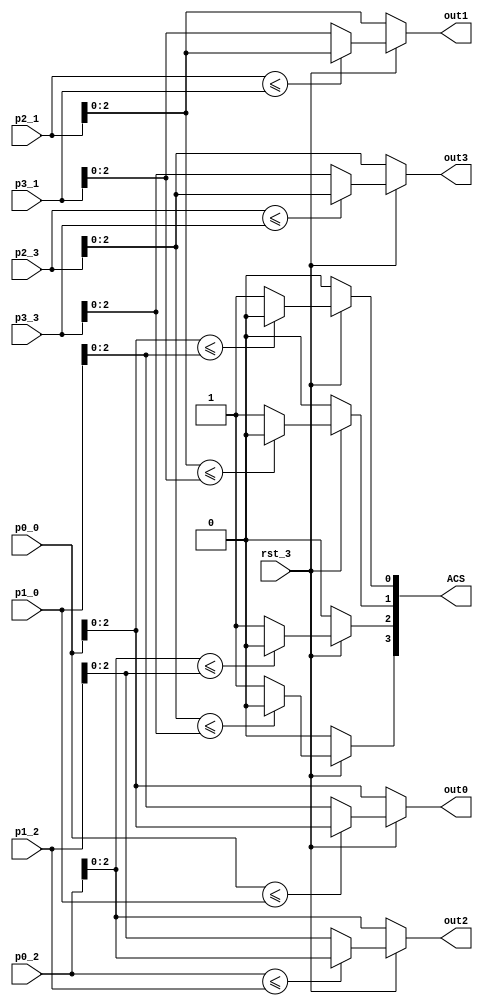
/******************************************************/   
/*   module compare_select                            */   
/******************************************************/   
// ---------------------------------------------------------------------------
// Purpose 	: This module is used to find the smaller 
//                accumulated error metric that are entering a state
// --
//		  <zalfany@opencores.org>
// Last Rev.	: 18.4.2000
// 
// Modules used : -
// --
// Simulator	: ModelSim PE/Plus 4.7h
// Error	: None known yet.
// --
// Output :  out{0..3}        -> the next error metric
//
//           ACS [3:0]        -> the survival branch
// 	     			  note : 0 -> from the 'lower' branch
//                  			 1 -> from the 'upper' branch
// ---------------------------------------------------------------------------

module compare_select   
         (p0_0,p1_0,p2_1,p3_1,p0_2,p1_2,p2_3,p3_3,rst_3,
          out0,out1,out2,out3,   
          ACS);   

   input [3:0] p0_0,p1_0,p2_1,p3_1,p0_2,p1_2,p2_3,p3_3;
   input rst_3;
   output [2:0] out0,out1,out2,out3;   
   output [3:0] ACS;

   function [2:0] find_min_metric; 
     input [3:0] a,b;
     input enabled;
      begin   
         if (enabled == 0) find_min_metric=a;
         else if (a<=b) find_min_metric=a; 
              else find_min_metric=b;   
      end   
   endfunction   

   function set_control; 
      input [2:0] a,b;
      input enabled;
      begin   
         if (enabled == 0) set_control=0;
         else if (a<=b) set_control=0; 
              else set_control=1;   
      end   
   endfunction   

   assign out0=find_min_metric(p0_0,p1_0,rst_3);
   assign out1=find_min_metric(p2_1,p3_1,rst_3);
   assign out2=find_min_metric(p0_2,p1_2,rst_3);
   assign out3=find_min_metric(p2_3,p3_3,rst_3);
   
   assign ACS[0] = set_control (p0_0,p1_0,rst_3);
   assign ACS[1] = set_control (p2_1,p3_1,rst_3);
   assign ACS[2] = set_control (p0_2,p1_2,rst_3);
   assign ACS[3] = set_control (p2_3,p3_3,rst_3);
   
endmodule